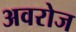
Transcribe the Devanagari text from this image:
अवरोज